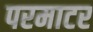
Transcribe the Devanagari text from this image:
परमाटर